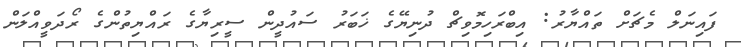
ފައިނަލް މެޗަށް ތައްޔާރު: އިބްރަހިމޮވިޗް ދުނިޔޭގެ ޚަބަރު ސައުދީން ސީރިޔާގެ ރައްޔިތުންގެ ރޯދަވީއްލަން